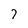
Character: 7